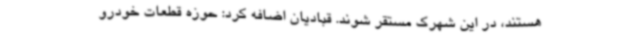
هستند، در این شهرک مستقر شوند. قبادیان اضافه کرد: حوزه قطعات خودرو